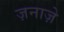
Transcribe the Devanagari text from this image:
ज़नाज़े